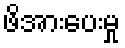
ဖိအားပေးမှု